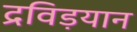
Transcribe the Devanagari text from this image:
द्रविड़यान